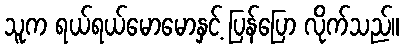
သူက ရယ်ရယ်မောမောနှင့် ပြန်ပြော လိုက်သည်။